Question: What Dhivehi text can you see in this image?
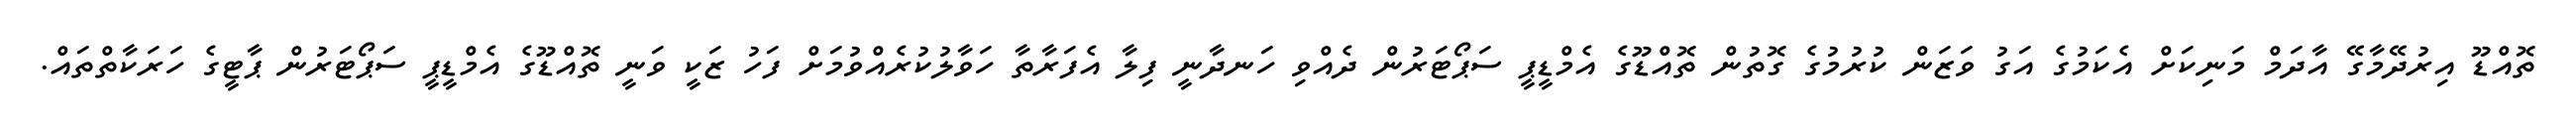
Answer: ތޮއްޑޫ އިރުދޭމާގޭ އާދަމް މަނިކަށް އެކަމުގެ އަގު ވަޒަން ކުރުމުގެ ގޮތުން ތޮއްޑޫގެ އެމްޑީޕީ ސަޕޯޓަރުން ދެއްވި ހަނދާނީ ފިލާ އެފަރާތާ ހަވާލުކުރެއްވުމަށް ފަހު ޒަކީ ވަނީ ތޮއްޑޫގެ އެމްޑީޕީ ސަޕޯޓަރުން ޕާޓީގެ ހަރަކާތްތައް.